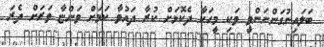
ބަލައިނުގަންނަންވީ ވަކި މީހަކާ ދެކޮޅަށް ކުރާ ދައުވާ ކަމަށް ވަންޏާ ވަރަށް ދެރަ